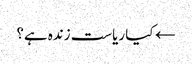
← کیا ریاست زندہ ہے؟